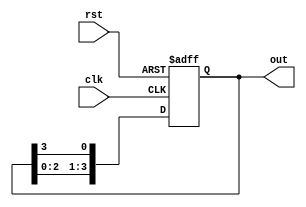
module ring_counter (
    input wire clk,       // Clock input
    input wire rst,       // Asynchronous reset
    output reg [3:0] out  // 4-bit output representing the state of the counter
);

// State declaration
always @(posedge clk or posedge rst) begin
    if (rst) begin
        // Reset state: only first flip-flop is set
        out <= 4'b0001;
    end else begin
        // Shift the '1' to the left circularly
        out <= {out[2:0], out[3]};
    end
end

endmodule